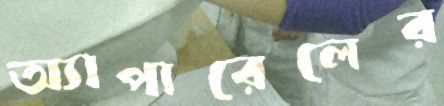
অ্যাপারেলের